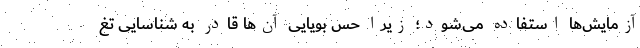
آزمایش‌ها استفاده می‌شود؛ زیرا حس بویایی آن‌ها قادر به شناسایی تغ